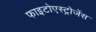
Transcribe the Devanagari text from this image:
फाइटोएस्ट्रोजेंस